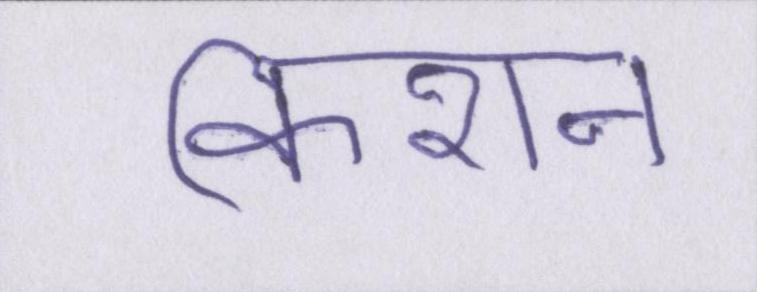
किशन